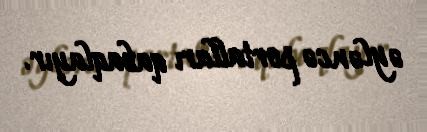
əyləncə portalları qabaqlayır.